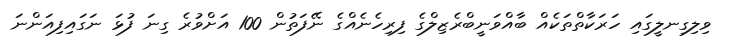
ވިލިގިނލީގައި ހަރަކާތްތަކެއް ބާއްވަނީބްރެޒިލްގެ ފިރިހެނެއްގެ ނޭފަތުން 100 އަށްވުރެ ގިނަ ފުޅަ ނަގައިފިއަންނަ